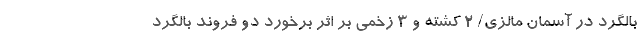
بالگرد در آسمان مالزی/ 2 کشته و 3 زخمی بر اثر برخورد دو فروند بالگرد